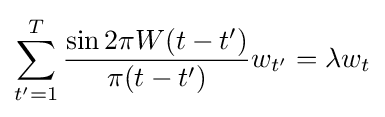
\sum _{t'=1}^{T}{\frac {\sin 2\pi W(t-t')}{\pi (t-t')}}w_{t'}=\lambda w_{t}